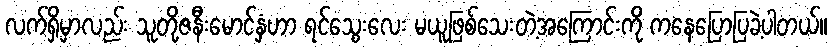
လက်ရှိမှာလည်း သူတို့ဇနီးမောင်နှံဟာ ရင်သွေးလေး မယူဖြစ်သေးတဲ့အကြောင်းကို ကနေပြောပြခဲ့ပါတယ်။